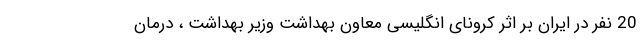
20 نفر در ایران بر اثر کرونای انگلیسی معاون بهداشت وزیر بهداشت ، درمان